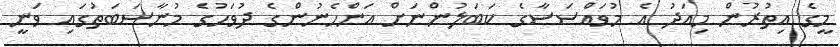
މީގެ އިތުރުން މިއަދު އެ މުވައްސަސާގެ ކަބަލުންނަށް އަންހެނުންގެ ދުވަހުގެ މުނާސަބަތުގައި ވަނީ